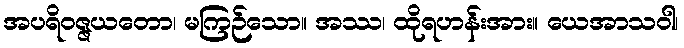
အပရိဝဇ္ဇယတော၊ မကြဉ်သော။ အဿ၊ ထိုရဟန်းအား။ ယေအာသဝါ၊